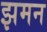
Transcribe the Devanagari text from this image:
झमन